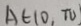
A \in ( 0 , \pi )